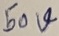
Text: 50V